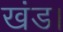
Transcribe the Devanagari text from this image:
खंड।